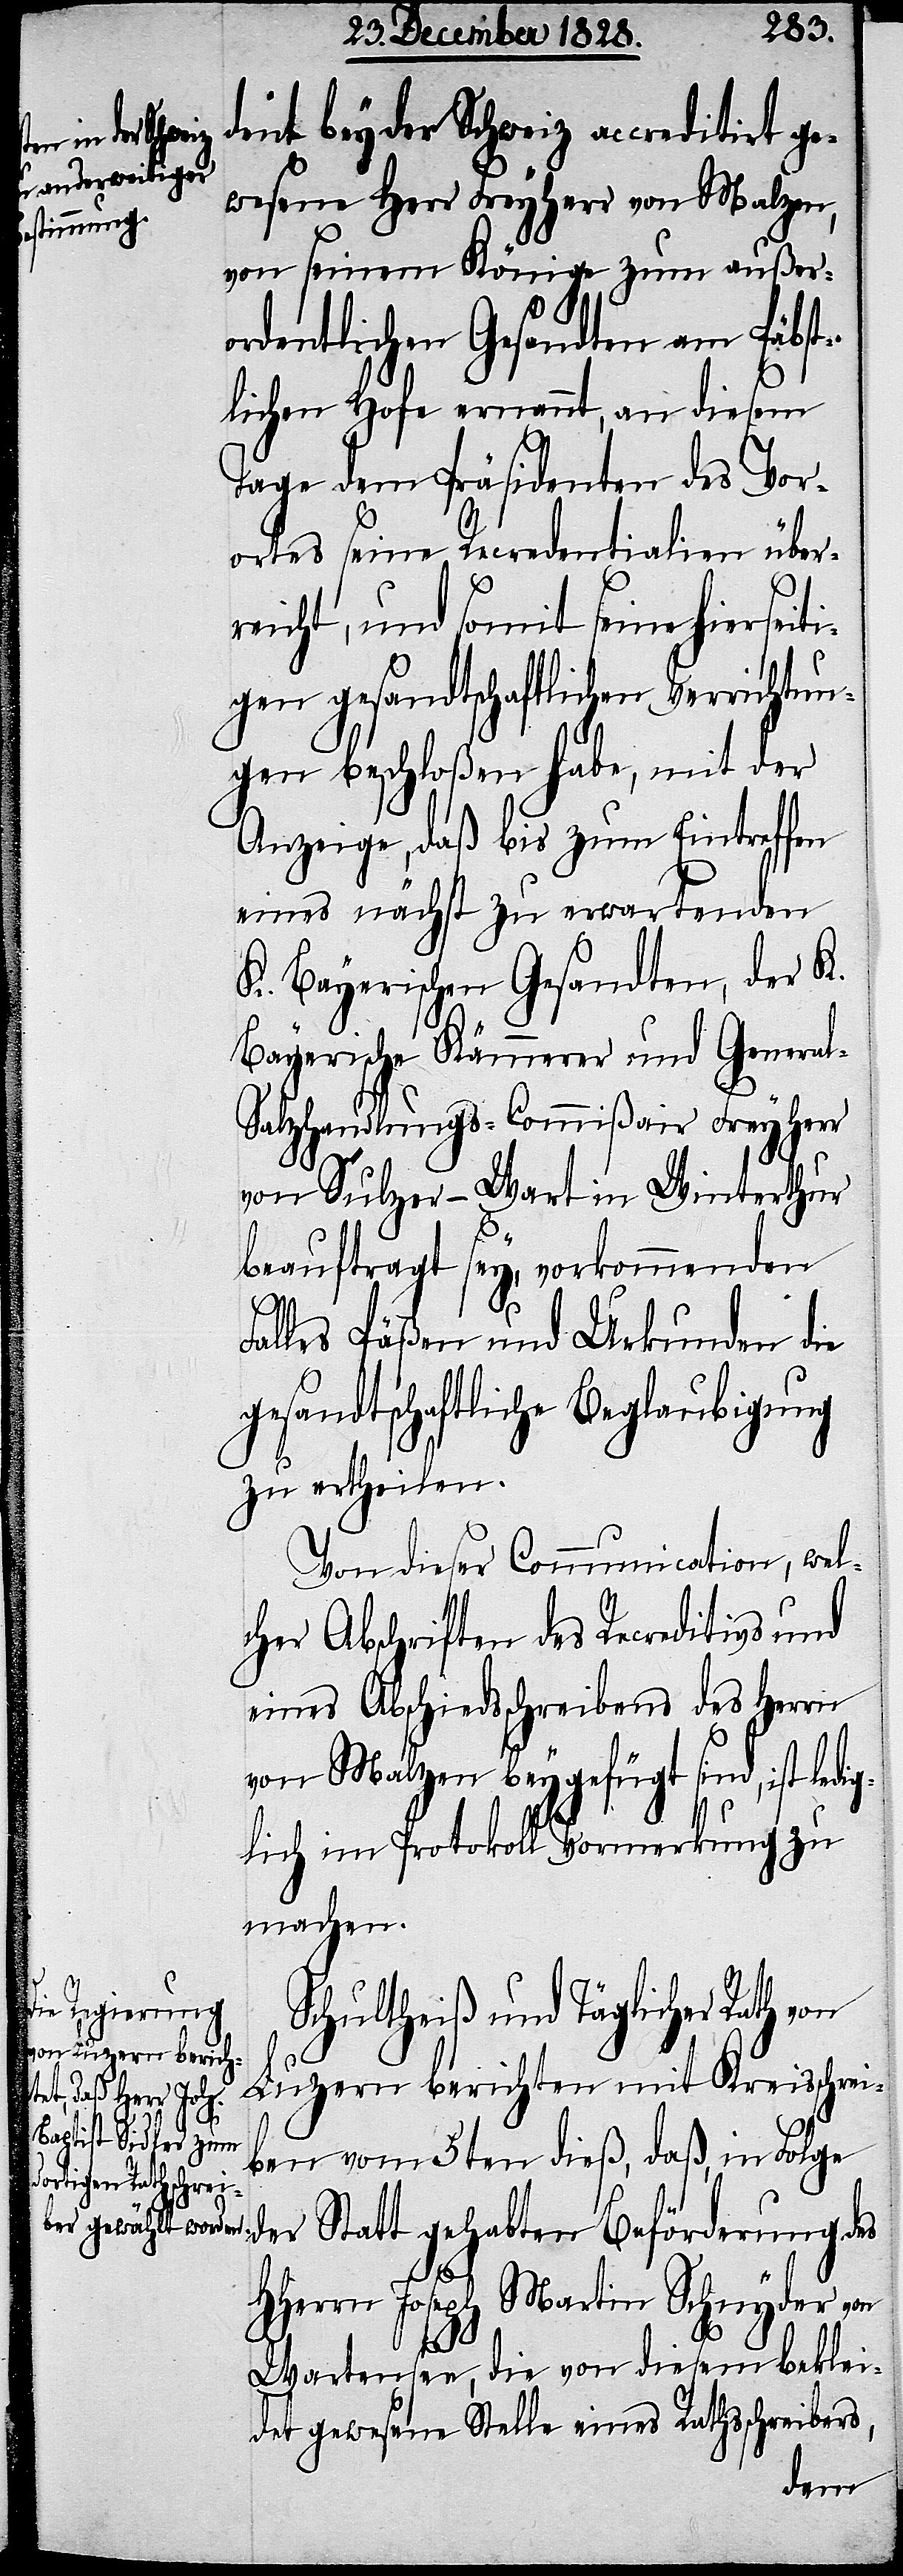
dent bey der Schweiz accreditirt ge¬
wesene Herr Freyherr von Malzen,
von seinem Könige zum außer¬
ordentlichen Gesandten am Päbst¬
lichen Hofe ernannt, an diesem
Tage dem Präsidenten des Vor¬
ortes seine Recredentialien über¬
reicht, und somit seine hierseit¬
igen gesandtschaftlichen Verrichtun¬
gen beschloßen habe, mit der
Anzeige, daß bis zum Eintreffen
eines nächst zu erwartenden
K. Bayerischen Gesandten, der K.
Bayerische Kämmerer und Genera¬
l-Salzhandlungs-Commißair Freyherr
von Sulzer-Wart in Winterthur
beauftragt sey, vorkommenden
Falles Päßen und Urkunden die
gesandtschaftliche Beglaubigung
zu ertheilen.
Von dieser Communication, wel¬
cher Abschriften des Recreditivs und
eines Abschiedsschreibens des Herrn
von Malzen beygefügt sind, ist ledi¬
glich im Protokoll Vormerkung zu
machen.
Schultheiß und Täglicher Rath von
Luzern berichten mit Kreisschrei¬
ben vom 5ten dieß, daß, in Folge
der Statt gehabten Beförderung des
HHerrn Joseph Martin Schnyder von
Wartensee, die von diesem beklei¬
det gewesene Stelle eines Rathsschreibers,